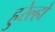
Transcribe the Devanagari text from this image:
हुरेल्हो